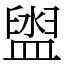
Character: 盥